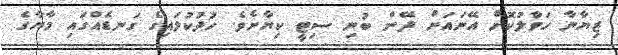
ޒިޔާނާ ހަވާލުކޮށް އޭނައަށް ދޭން ބުނި ސިޓީ ކިޔާށެވެ. ހުދުކުލައިގެ ގަނޑެއްގައި މާޔާގެ